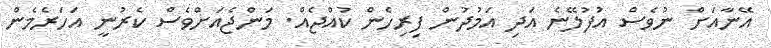
އޭނާއަށް ނުވެސް އުފުލޭނެ އަދި އަމުދުން ފިރިހެން ކުއްޖެއް. މަންޖެއަށްވެސް ކެރުނީ އަހަރެމެން